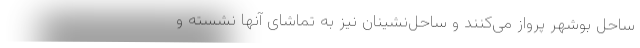
ساحل بوشهر پرواز می‌کنند و ساحل‌نشینان نیز به تماشای آنها نشسته و